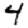
Digit: 4